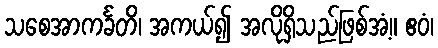
သစေအာကင်္ခတိ၊ အကယ်၍ အလိုရှိသည်ဖြစ်အံ့။ ဧဝံ၊